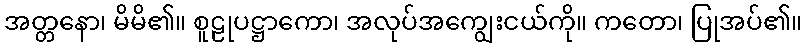
အတ္တနော၊ မိမိ၏။ စူဠုပဋ္ဌာကော၊ အလုပ်အကျွေးငယ်ကို။ ကတော၊ ပြုအပ်၏။